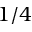
1 / 4